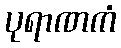
ပုရာဏကံ